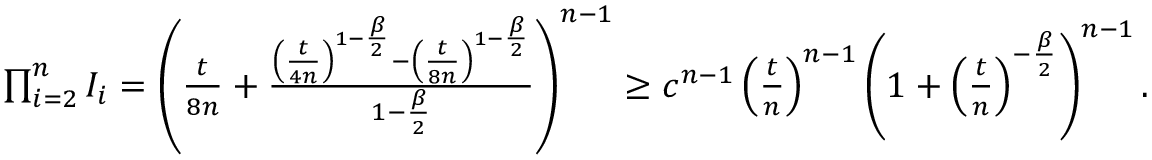
\begin{array} { r } { \prod _ { i = 2 } ^ { n } I _ { i } = \left( \frac { t } { 8 n } + \frac { \left( \frac { t } { 4 n } \right) ^ { 1 - \frac \beta 2 } - \left( \frac { t } { 8 n } \right) ^ { 1 - \frac \beta 2 } } { 1 - \frac \beta 2 } \right) ^ { n - 1 } \ge c ^ { n - 1 } \left( \frac { t } { n } \right) ^ { n - 1 } \left( 1 + \left( \frac { t } { n } \right) ^ { - \frac \beta 2 } \right) ^ { n - 1 } . } \end{array}